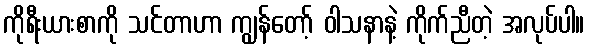
ကိုရီးယားစာကို သင်တာဟာ ကျွန်တော့် ဝါသနာနဲ့ ကိုက်ညီတဲ့ အလုပ်ပါ။